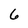
Character: 6